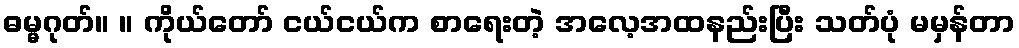
ဓမ္မဂုတ်။ ။ ကိုယ်တော် ငယ်ငယ်က စာရေးတဲ့ အလေ့အထနည်းပြီး သတ်ပုံ မမှန်တာ